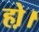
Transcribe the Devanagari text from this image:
हो़।